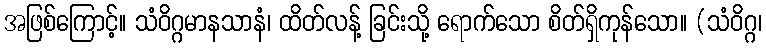
အဖြစ်ကြောင့်။ သံဝိဂ္ဂမာနသာနံ၊ ထိတ်လန့် ခြင်းသို့ ရောက်သော စိတ်ရှိကုန်သော။ (သံဝိဂ္ဂ၊